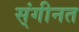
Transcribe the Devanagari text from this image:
स्ंगीनत